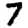
Digit: 7